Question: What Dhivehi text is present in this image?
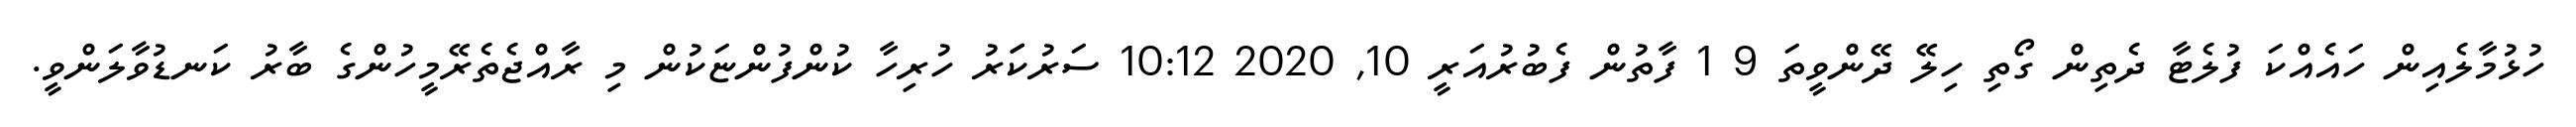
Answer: ހުޅުމާލެއިން ހައެއްކަ ފުލެޓާ ދެތިން ގޯތި ހިލޭ ދޭންވީތަ 9 1 ފާތުން ފެބުރުއަރީ 10, 2020 10:12 ސަރުކަަރު ހުރިހާ ކުންފުންޏަކުން މި ރާއްޖެތެރޭމީހުންގެ ބާރު ކަނޑުވާލަންވީ.